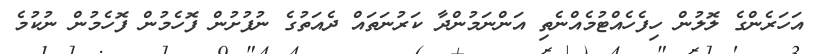
އަހަރެންގެ ލޮލުން ހިފެހެއްޓުމެއްނެތި އަންނަމުންދާ ކަރުނަތައް ދެއަތުގެ ނުފުށުން ފޮހެމުން ފޮހެމުން ނުކުމެ